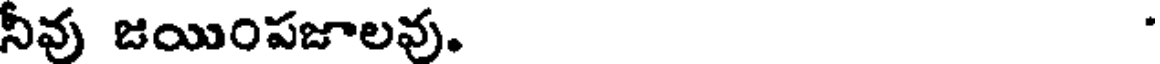
నీవు జయింపజాలవు.